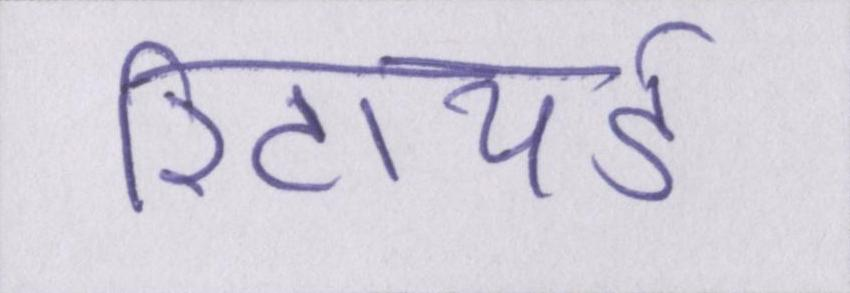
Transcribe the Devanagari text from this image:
रिटायर्ड